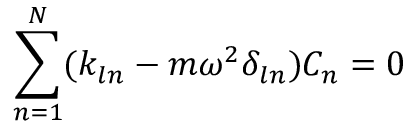
\sum _ { n = 1 } ^ { N } ( k _ { l n } - m \omega ^ { 2 } \delta _ { l n } ) C _ { n } = 0